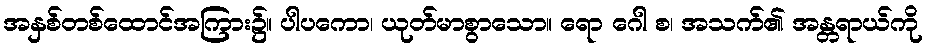
အနှစ်တစ်ထောင်အကြား၌။ ပါပကော၊ ယုတ်မာစွာသော။ ရော ဂေါ စ၊ အသက်၏ အန္တရာယ်ကို